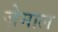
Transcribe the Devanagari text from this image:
ज़ेमाल